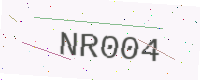
Text: NR004